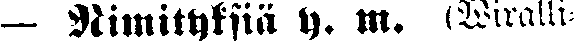
— Nimityksiä y. m. (Wiralli-